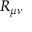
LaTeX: R _ { \mu \nu }